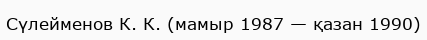
Сүлейменов К. К. (мамыр 1987 — қазан 1990)